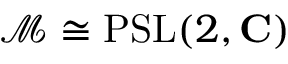
{ \mathcal { M } } \cong \operatorname { P S L } ( 2 , \mathbf { C } )